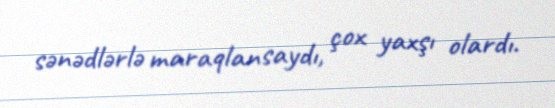
sənədlərlə maraqlansaydı, çox yaxşı olardı.